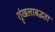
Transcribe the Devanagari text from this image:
श्रृंखलाबद्धता